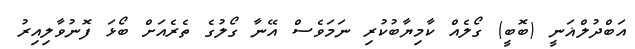
އަބްދުލްޣަނީ (ބޮބީ) ގޯލެއް ކާމިޔާބުކުރި ނަމަވެސް އޭނާ ގޯލުގެ ތެރެއަށް ބޯޅަ ފޮނުވާލިއިރު